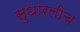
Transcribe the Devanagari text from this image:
सुधारलीच